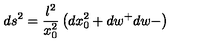
d s ^ { 2 } = \frac { l ^ { 2 } } { x _ { 0 } ^ { 2 } } \left( d x _ { 0 } ^ { 2 } + d w ^ { + } d w - \right)